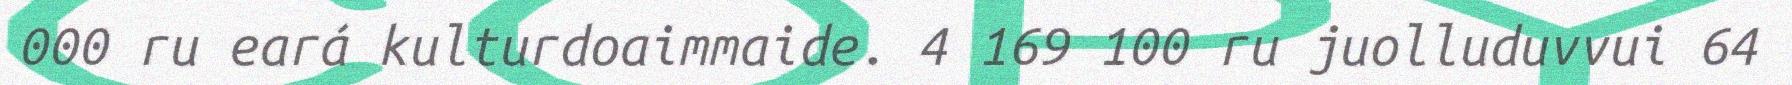
000 ru eará kulturdoaimmaide. 4 169 100 ru juolluduvvui 64